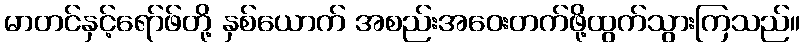
မာတင်နှင့်ရော်ဖ်တို့ နှစ်ယောက် အစည်းအဝေးတက်ဖို့ထွက်သွားကြသည်။